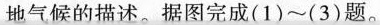
地气候的描述。据图完成(1)~(3)题。